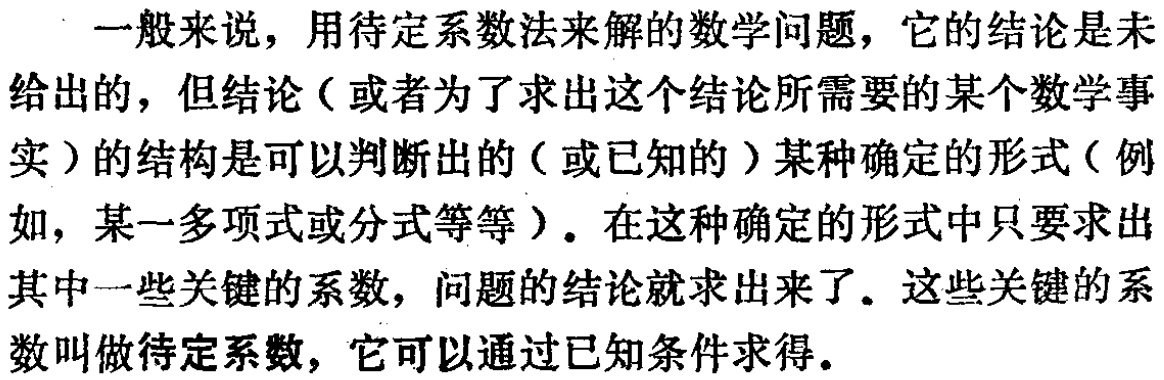
一般来说，用待定系数法来解的数学问题，它的结论是未给出的，但结论（或者为了求出这个结论所需要的某个数学事实）的结构是可以判断出的（或已知的）某种确定的形式（例如，某一多项式或分式等等）。在这种确定的形式中只要求出其中一些关键的系数，问题的结论就求出来了。这些关键的系数叫做待定系数，它可以通过已知条件求得。